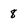
Character: 8